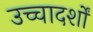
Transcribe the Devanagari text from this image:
उच्चादर्शों